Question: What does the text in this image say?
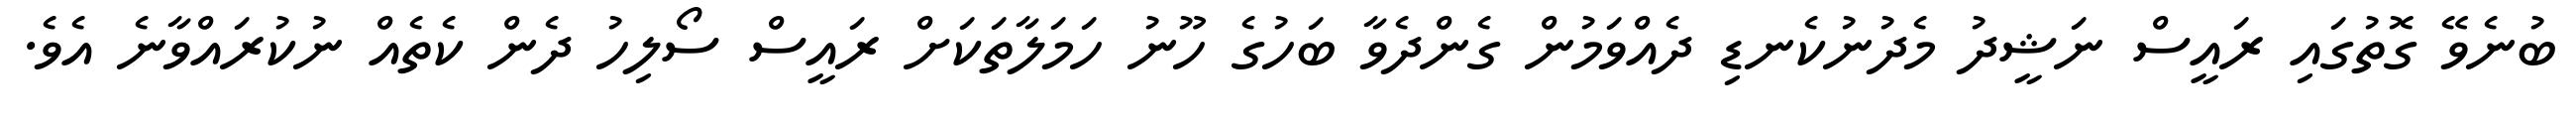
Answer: ބުނެވޭ ގޮތުގައި ރައީސް ނަޝީދު މެދުނުކެނޑި ދެއްވަމުން ގެންދެވާ ބަހުގެ ހޫނު ހަމަލާތަކަށް ރައީސް ސޯލިހު ދެން ކެތެއް ނުކުރައްވާނެ އެވެ.